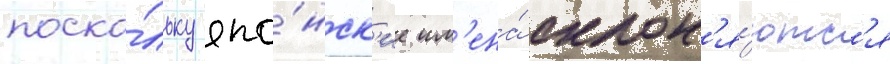
поско́льку япо́нск'ие им'ена́ склон'я́ютс'я